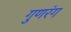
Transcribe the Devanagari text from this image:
गुणरंग